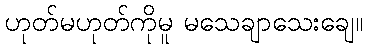
ဟုတ်မဟုတ်ကိုမူ မသေချာသေးချေ။